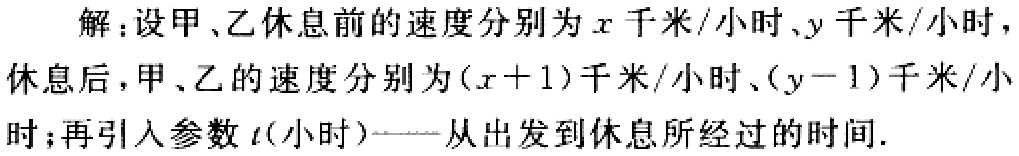
解：设甲、乙休息前的速度分别为\(x\)千米/小时、\(y\)千米/小时，
休息后，甲、乙的速度分别为\((x + 1)\)千米/小时、\((y - 1)\)千米/小
时；再引入参数\(t\)(小时)——从出发到休息所经过的时间.